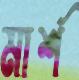
মার্শ